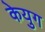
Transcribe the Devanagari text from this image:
केयुग